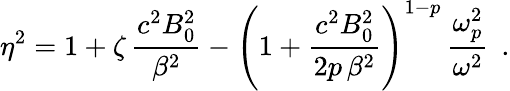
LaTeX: \eta^{2}=1+\zeta\, \frac{c^{2}B_{0}^{2}}{\beta^{2}}-\left(1+\frac{c^{2}B_{0}^{2}}{2p\, \beta^{2}}\right)^{1-p}\, \frac{\omega_{p}^{2}}{\omega^{2}}\; \, .